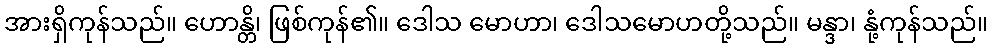
အားရှိကုန်သည်။ ဟောန္တိ၊ ဖြစ်ကုန်၏။ ဒေါသ မောဟာ၊ ဒေါသမောဟတို့သည်။ မန္ဒာ၊ နုံ့ကုန်သည်။